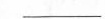
___